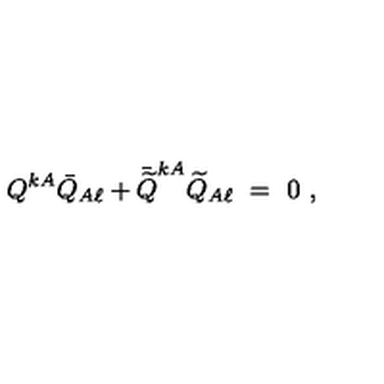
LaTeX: Q ^ { k A } \bar { Q } _ { A \ell } + \bar { \widetilde Q } ^ { k A } \widetilde Q _ { A \ell } \ = \ 0 \ ,